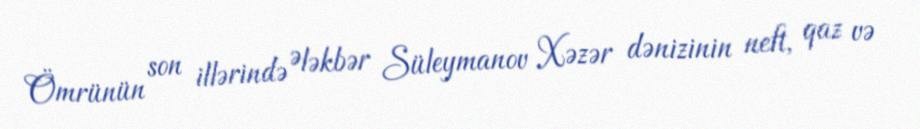
Ömrünün son illərində Ələkbər Süleymanov Xəzər dənizinin neft, qaz və